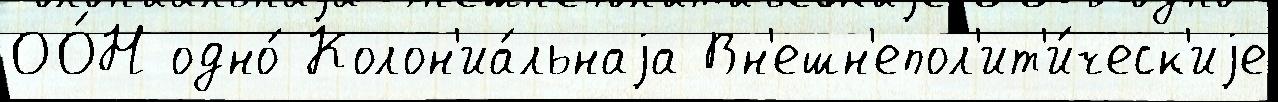
ОО́Н одно́ Колон'иа́льнаjа Вн'ешн'епол'ит'и́ческ'иjе